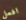
افعل